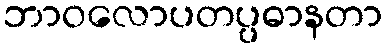
ဘာဝလောပတပ္ပဓာနတာ